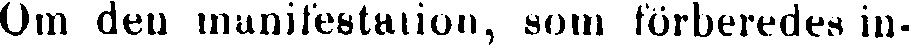
Om den manifestation, som förberedes in-